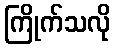
ကြိုက်သလို